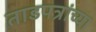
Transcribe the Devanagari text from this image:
ताडपत्रांच्या